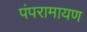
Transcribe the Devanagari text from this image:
पंपरामायण